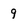
Character: 9